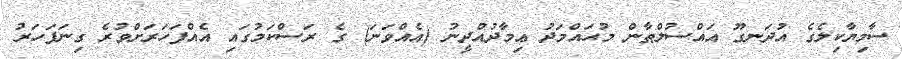
ސާމިޔާކިލެގެ އުދަނގޫ އައްސުލްޠާން މުޙައްމަދު ޢިމާދުއްދީނު (އެއްވަނަ) ގެ ރަސްކަމުގައި އެއްފަހަރަށްވުރެ ގިނަފަހަރު